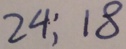
2 4 : 1 8